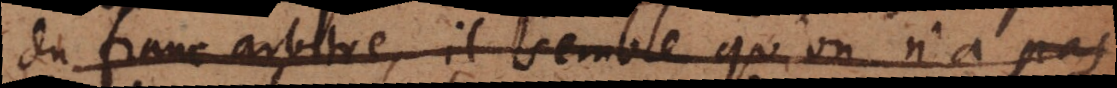
du franc arbitre, il semble qu’on n’a pas